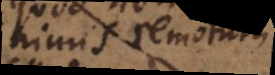
nimis remotum